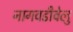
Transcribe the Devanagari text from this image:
नागवडीवेलु